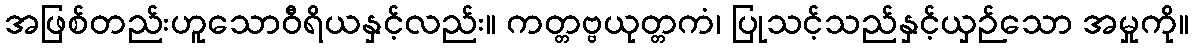
အဖြစ်တည်းဟူသောဝီရိယနှင့်လည်း။ ကတ္တဗ္ဗယုတ္တကံ၊ ပြုသင့်သည်နှင့်ယှဉ်သော အမှုကို။